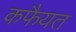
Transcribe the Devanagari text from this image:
कफैयत